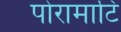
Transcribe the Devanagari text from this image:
पोरामाटि